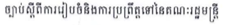
ច្បាប់ស្តីពីការរៀបចំនិងការប្រព្រឹត្តទៅនៃគណៈរដ្ឋមន្រ្តី